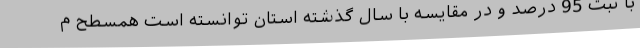
با ثبت 95 درصد و در مقایسه با سال گذشته استان توانسته است همسطح م